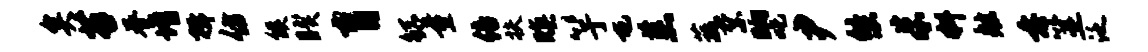
矣苔眷增揖仿候睽肓鲧量倍扶暝竽屯羔蔬禁晌吒尹悠朱料舷垂筮泛